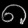
Digit: ၈